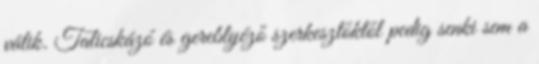
válik. Talicskázó és gereblyéző szerkesztőktől pedig senki sem a